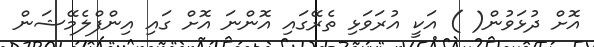
އޮށް ދުޅަވުން( ) އަކީ އުރަވަޅި ތެރޭގައި އޮންނަ އޮށް ގައި އިންފްލެމޭޝަން